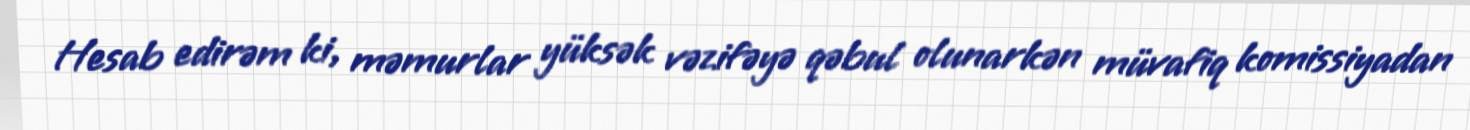
Hesab edirəm ki, məmurlar yüksək vəzifəyə qəbul olunarkən müvafiq komissiyadan